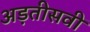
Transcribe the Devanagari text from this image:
अड़तीसवीं